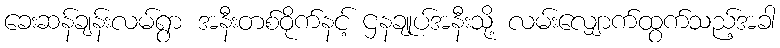
ခေးဆန်ချန်းလမ်ရွာ အနီးတစ်ဝိုက်နင့် ဌနချုပ်အနီးသို့ လမ်းလျှောက်ထွက်သည့်အခါ